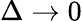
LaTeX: \Delta\to 0